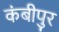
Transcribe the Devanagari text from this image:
कंबीपुर